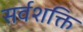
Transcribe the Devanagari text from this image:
सर्वशक्ति